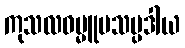
ကုသလဓမ္မူပသမ္ပဒါယ